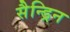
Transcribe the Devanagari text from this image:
सैन्ड्रिन